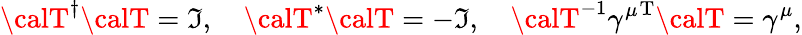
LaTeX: {\calT}^{\dagger}{\calT}=\mathfrak{I},\quad{\calT}^{*}{\calT}=-\mathfrak{I},\quad{\calT}^{-1}{\gamma^{\mu}}^{\mathrm{{T}}}{\calT}=\gamma^{\mu},